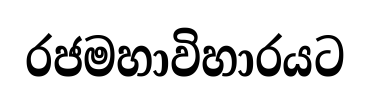
රජමහාවිහාරයට